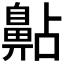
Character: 𪖚